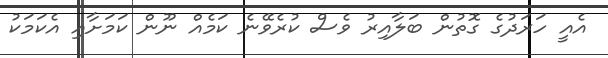
އެއީ ހަރަދުގެ ގޮތުން ބަލާއިރު ވެސް ކުރެވޭނެ ކަމެއް ނޫން ކަމަށާއި އެކަމަކު